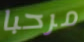
مرحبا